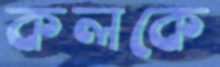
কলকে